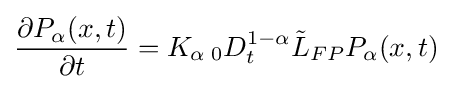
{\frac {\partial P_{\alpha }(x,t)}{\partial t}}=K_{\alpha }\,_{0}D_{t}^{1-\alpha }{\tilde {L}}_{FP}P_{\alpha }(x,t)